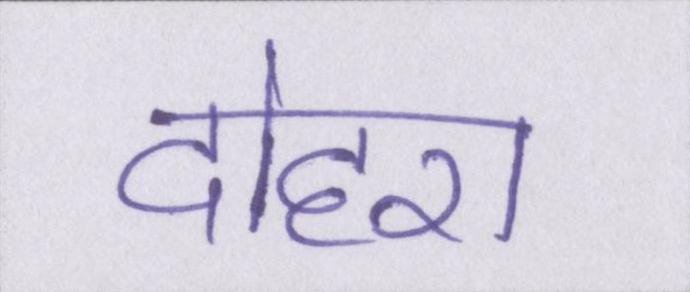
दोहरा